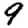
Digit: 9